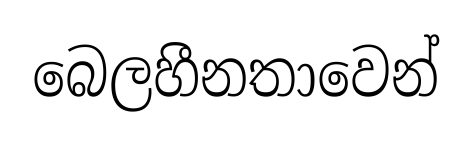
බෙලහීනතාවෙන්